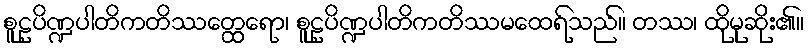
စူဠပိဏ္ဍပါတိကတိဿတ္ထေရော၊ စူဠပိဏ္ဍပါတိကတိဿမထေရ်သည်။ တဿ၊ ထိုမုဆိုး၏။